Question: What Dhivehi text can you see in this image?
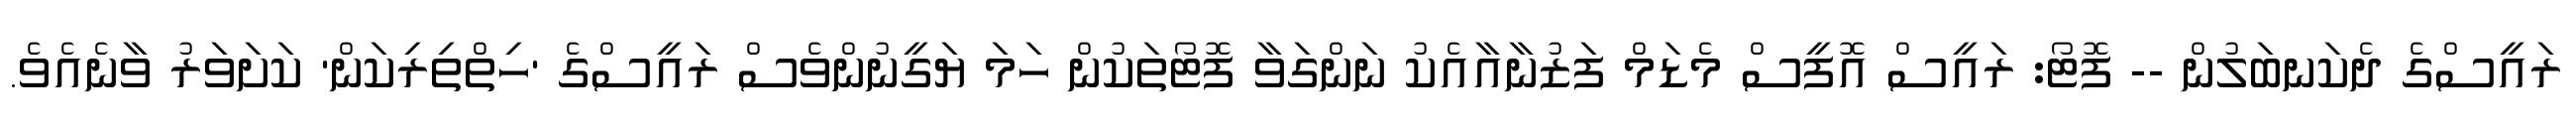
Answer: ރައީސްގެ ދެކަނބަލުން -- ފޮޓޯ: ރައީސް އޮފީސް މެޑަމް ފަޒުނާއާއެކު ނަންގަވާ ފޮޓޯތަކުން ހަމަ ޔަގީނުންވެސް ރައީސްގެ 'ހިތްތިރިކަން' ކަށަވަރު ވާނެއެވެ.